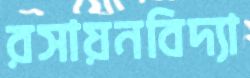
রসায়নবিদ্যা